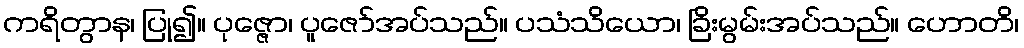
ကရိတွာန၊ ပြု၍။ ပုဇ္ဇော၊ ပူဇော်အပ်သည်။ ပသံသိယော၊ ခြိးမွမ်းအပ်သည်။ ဟောတိ၊